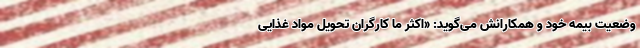
وضعیت بیمه خود و همکارانش می‌گوید: «اکثر ما کارگران تحویل مواد غذایی